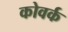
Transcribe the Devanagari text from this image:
कोवर्क